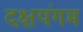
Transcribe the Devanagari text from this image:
दक्षयंगम